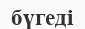
бүгеді